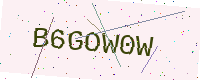
Text: B6GOW0W